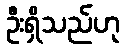
ဦးရှိသည်ဟု